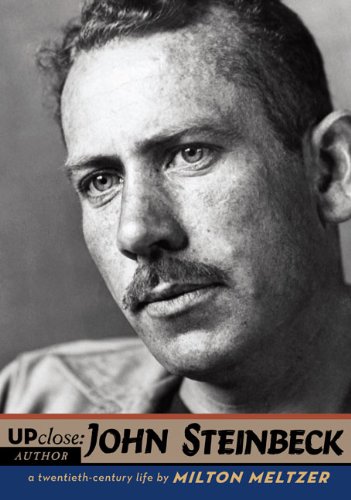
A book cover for John Steinbeck (Up Close); Milton Meltzer; Teen & Young Adult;